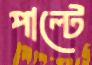
পাল্টে